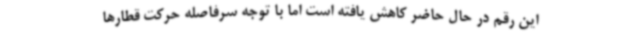
این رقم در حال حاضر کاهش یافته است اما با توجه سرفاصله حرکت قطارها